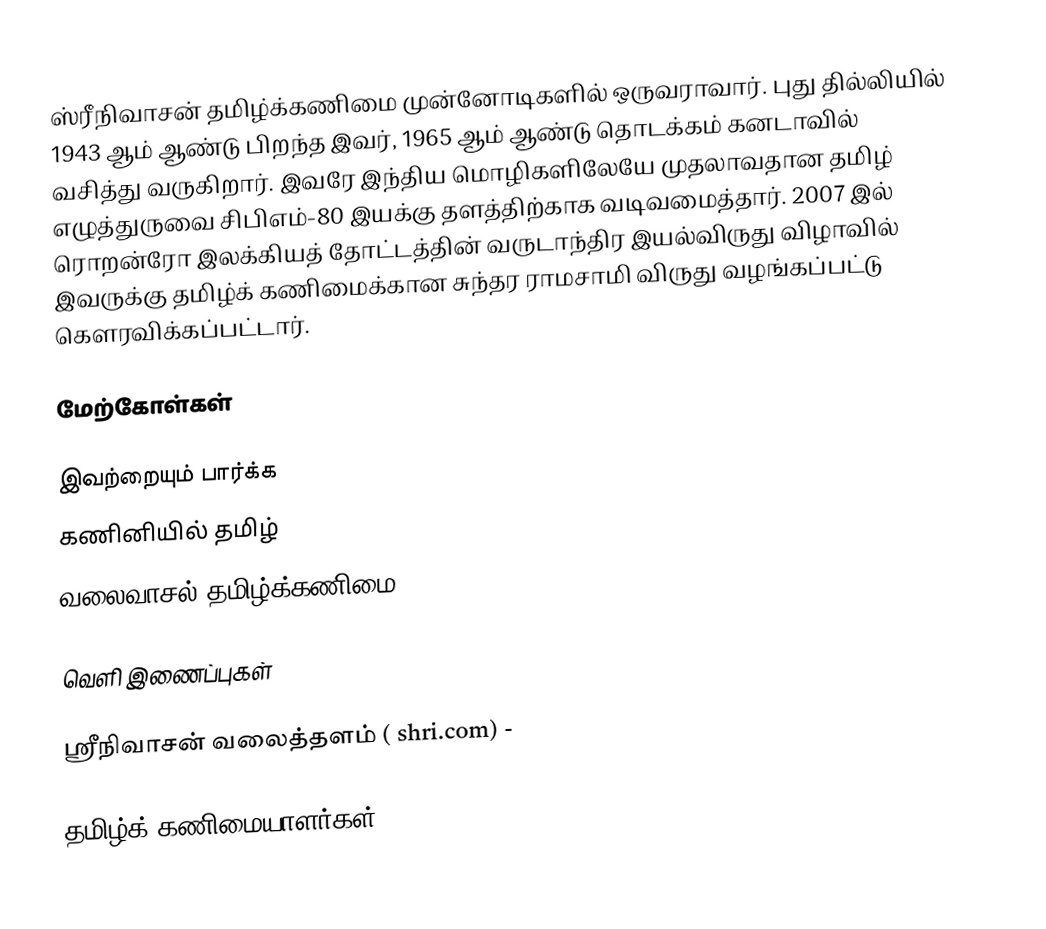
ஸ்ரீநிவாசன் தமிழ்க்கணிமை முன்னோடிகளில் ஒருவராவார்.  புது தில்லியில் 1943 ஆம் ஆண்டு பிறந்த இவர், 1965 ஆம் ஆண்டு தொடக்கம் கனடாவில் வசித்து வருகிறார்.  இவரே இந்திய மொழிகளிலேயே முதலாவதான தமிழ் எழுத்துருவை சிபிஎம்-80 இயக்கு தளத்திற்காக வடிவமைத்தார். 2007 இல் ரொறன்ரோ இலக்கியத் தோட்டத்தின் வருடாந்திர இயல்விருது விழாவில் இவருக்கு தமிழ்க் கணிமைக்கான சுந்தர ராமசாமி விருது வழங்கப்பட்டு கௌரவிக்கப்பட்டார்.

மேற்கோள்கள்

இவற்றையும் பார்க்க
 கணினியில் தமிழ்
 வலைவாசல்:தமிழ்க்கணிமை

வெளி இணைப்புகள்

 ஸ்ரீநிவாசன் வலைத்தளம் ( shri.com) -

தமிழ்க் கணிமையாளர்கள்